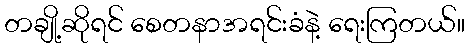
တချို့ဆိုရင် စေတနာအရင်းခံနဲ့ ရေးကြတယ်။